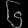
Digit: ၆